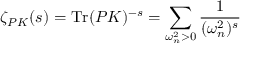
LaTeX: \zeta _ { P { \cal K } } ( s ) = \mathrm { T r } ( P { \cal K } ) ^ { - s } = \sum _ { \omega _ { n } ^ { 2 } > 0 } \frac { 1 } { ( \omega _ { n } ^ { 2 } ) ^ { s } }